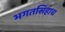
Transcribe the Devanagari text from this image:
भगतसिंहाच